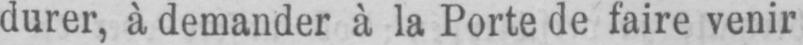
durer, à demander à la Porte de faire venir